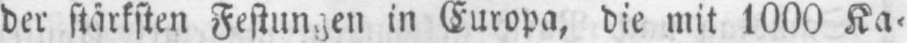
in Europa, die mit 1000 Ka⸗